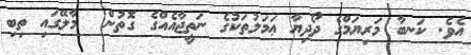
އެވެ. ކަނބާ މަރިޔަމްގެ ދޯދިޔާ ޢަމަލުތަކުގެ ނަތީޖާއެއްގެ ގޮތުން  މާލޭގައި ތިބި